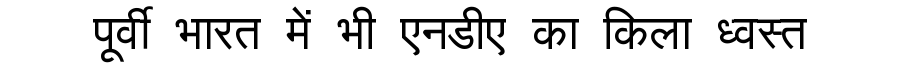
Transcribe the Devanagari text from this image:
पूर्वी भारत में भी एनडीए का किला ध्वस्त